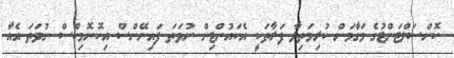
ކޮންސަލްޓަންޓުގެ މަގާމަށް ކުރިމަތިލާ ފަރާތަކީ އެކައުންޓިން ނުވަތަ ފައިނޭންސް އިކޮނޮމިކްސް ނުވަތަ އެއާ